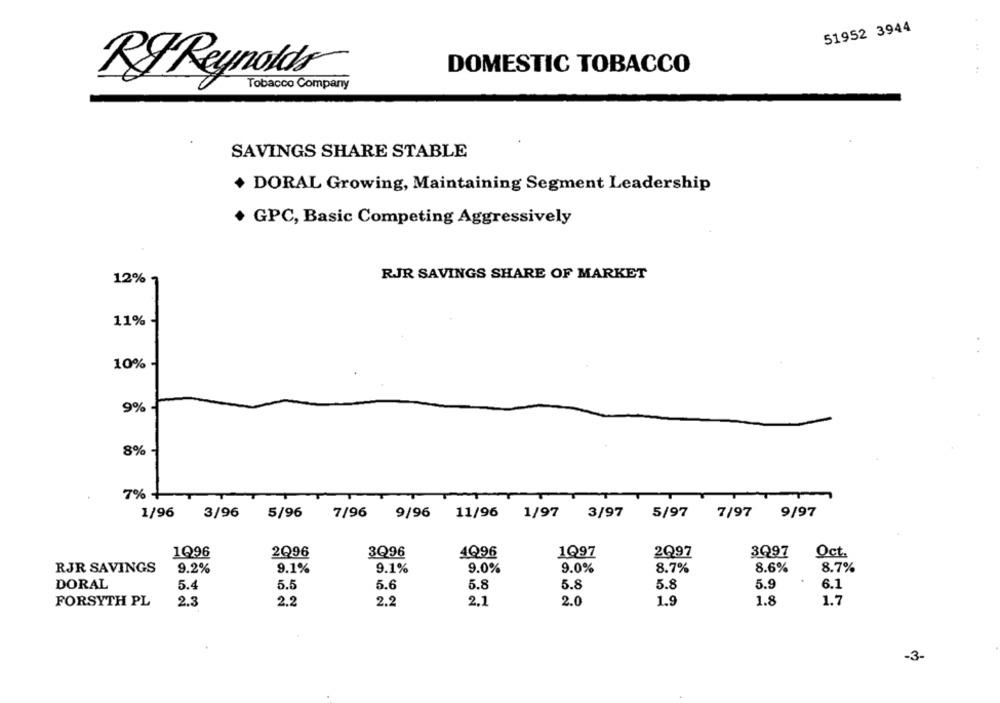
51952 3944
DOMESTIC TOBACCO
RF Reynolds
Tobacco Company
SAVINGS SHARE STABLE
+ DORAL Growing, Maintaining Segment Leadership
+GPC, Basic Competing Aggressively
12%
RJR SAVINGS SHARE OF MARKET
11%
10%
9%
8%
7% +
3/96
1/97
3/97
5/97
7/97
9/97
1/96
5/96
7/96
9/96
11/96
1Q96
2Q96
3Q96
4Q96
1Q97
2Q97
3Q97
Oct.
RJR SAVINGS
9.2%
9.1%
9.1%
9.0%
9.0%
8.7%
8.6%
8.7%
5.8
5.9
DORAL
5.4
5.5
5.6
5.8
5.8
6.1
FORSYTH PL
2.3
2.2
2.2
2.1
2.0
1.9
1.8
1.7
-3-